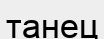
танец